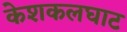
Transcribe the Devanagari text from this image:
केशकलघाट